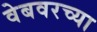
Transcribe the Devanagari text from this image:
वेबवरच्या